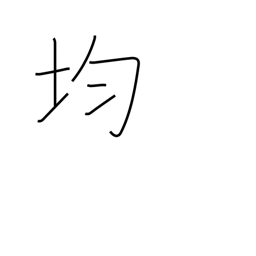
Meaning: level